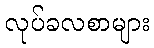
လုပ်ခလစာများ